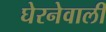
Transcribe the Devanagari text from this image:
घेरनेवाली